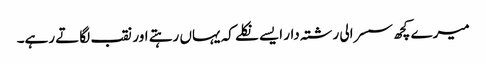
میرے کچھ سسرالی رشتہ دار ایسے نکلے کہ یہاں رہتے اور نقب لگاتے رہے۔